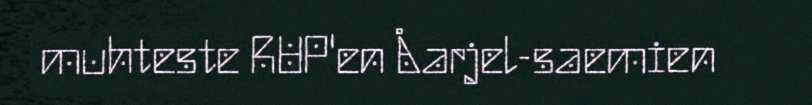
muhteste RUP'en Åarjel-saemien